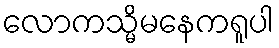
လောကသ္မိမနေကရူပါ